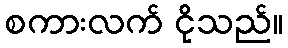
စကားလက် ငိုသည်။